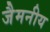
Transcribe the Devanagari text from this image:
जैमनीय